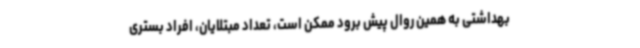
بهداشتی به همین روال پیش برود ممکن است، تعداد مبتلایان، افراد بستری